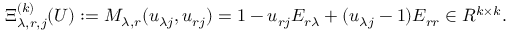
\begin{array} { r } { \Xi _ { \lambda , r , j } ^ { ( k ) } ( U ) : = M _ { \lambda , r } ( u _ { \lambda j } , u _ { r j } ) = \boldsymbol { 1 } - u _ { r j } E _ { r \lambda } + ( u _ { \lambda j } - 1 ) E _ { r r } \in R ^ { k \times k } . } \end{array}